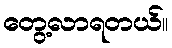
တွေ့လာရတယ်။